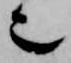
也